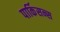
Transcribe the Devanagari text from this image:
पार्किसन्स